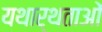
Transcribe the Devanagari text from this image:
यथार्थताओं